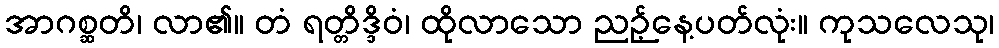
အာဂစ္ဆတိ၊ လာ၏။ တံ ရတ္တိဒ္ဒိဝံ၊ ထိုလာသော ညဉ့်နေ့ပတ်လုံး။ ကုသလေသု၊